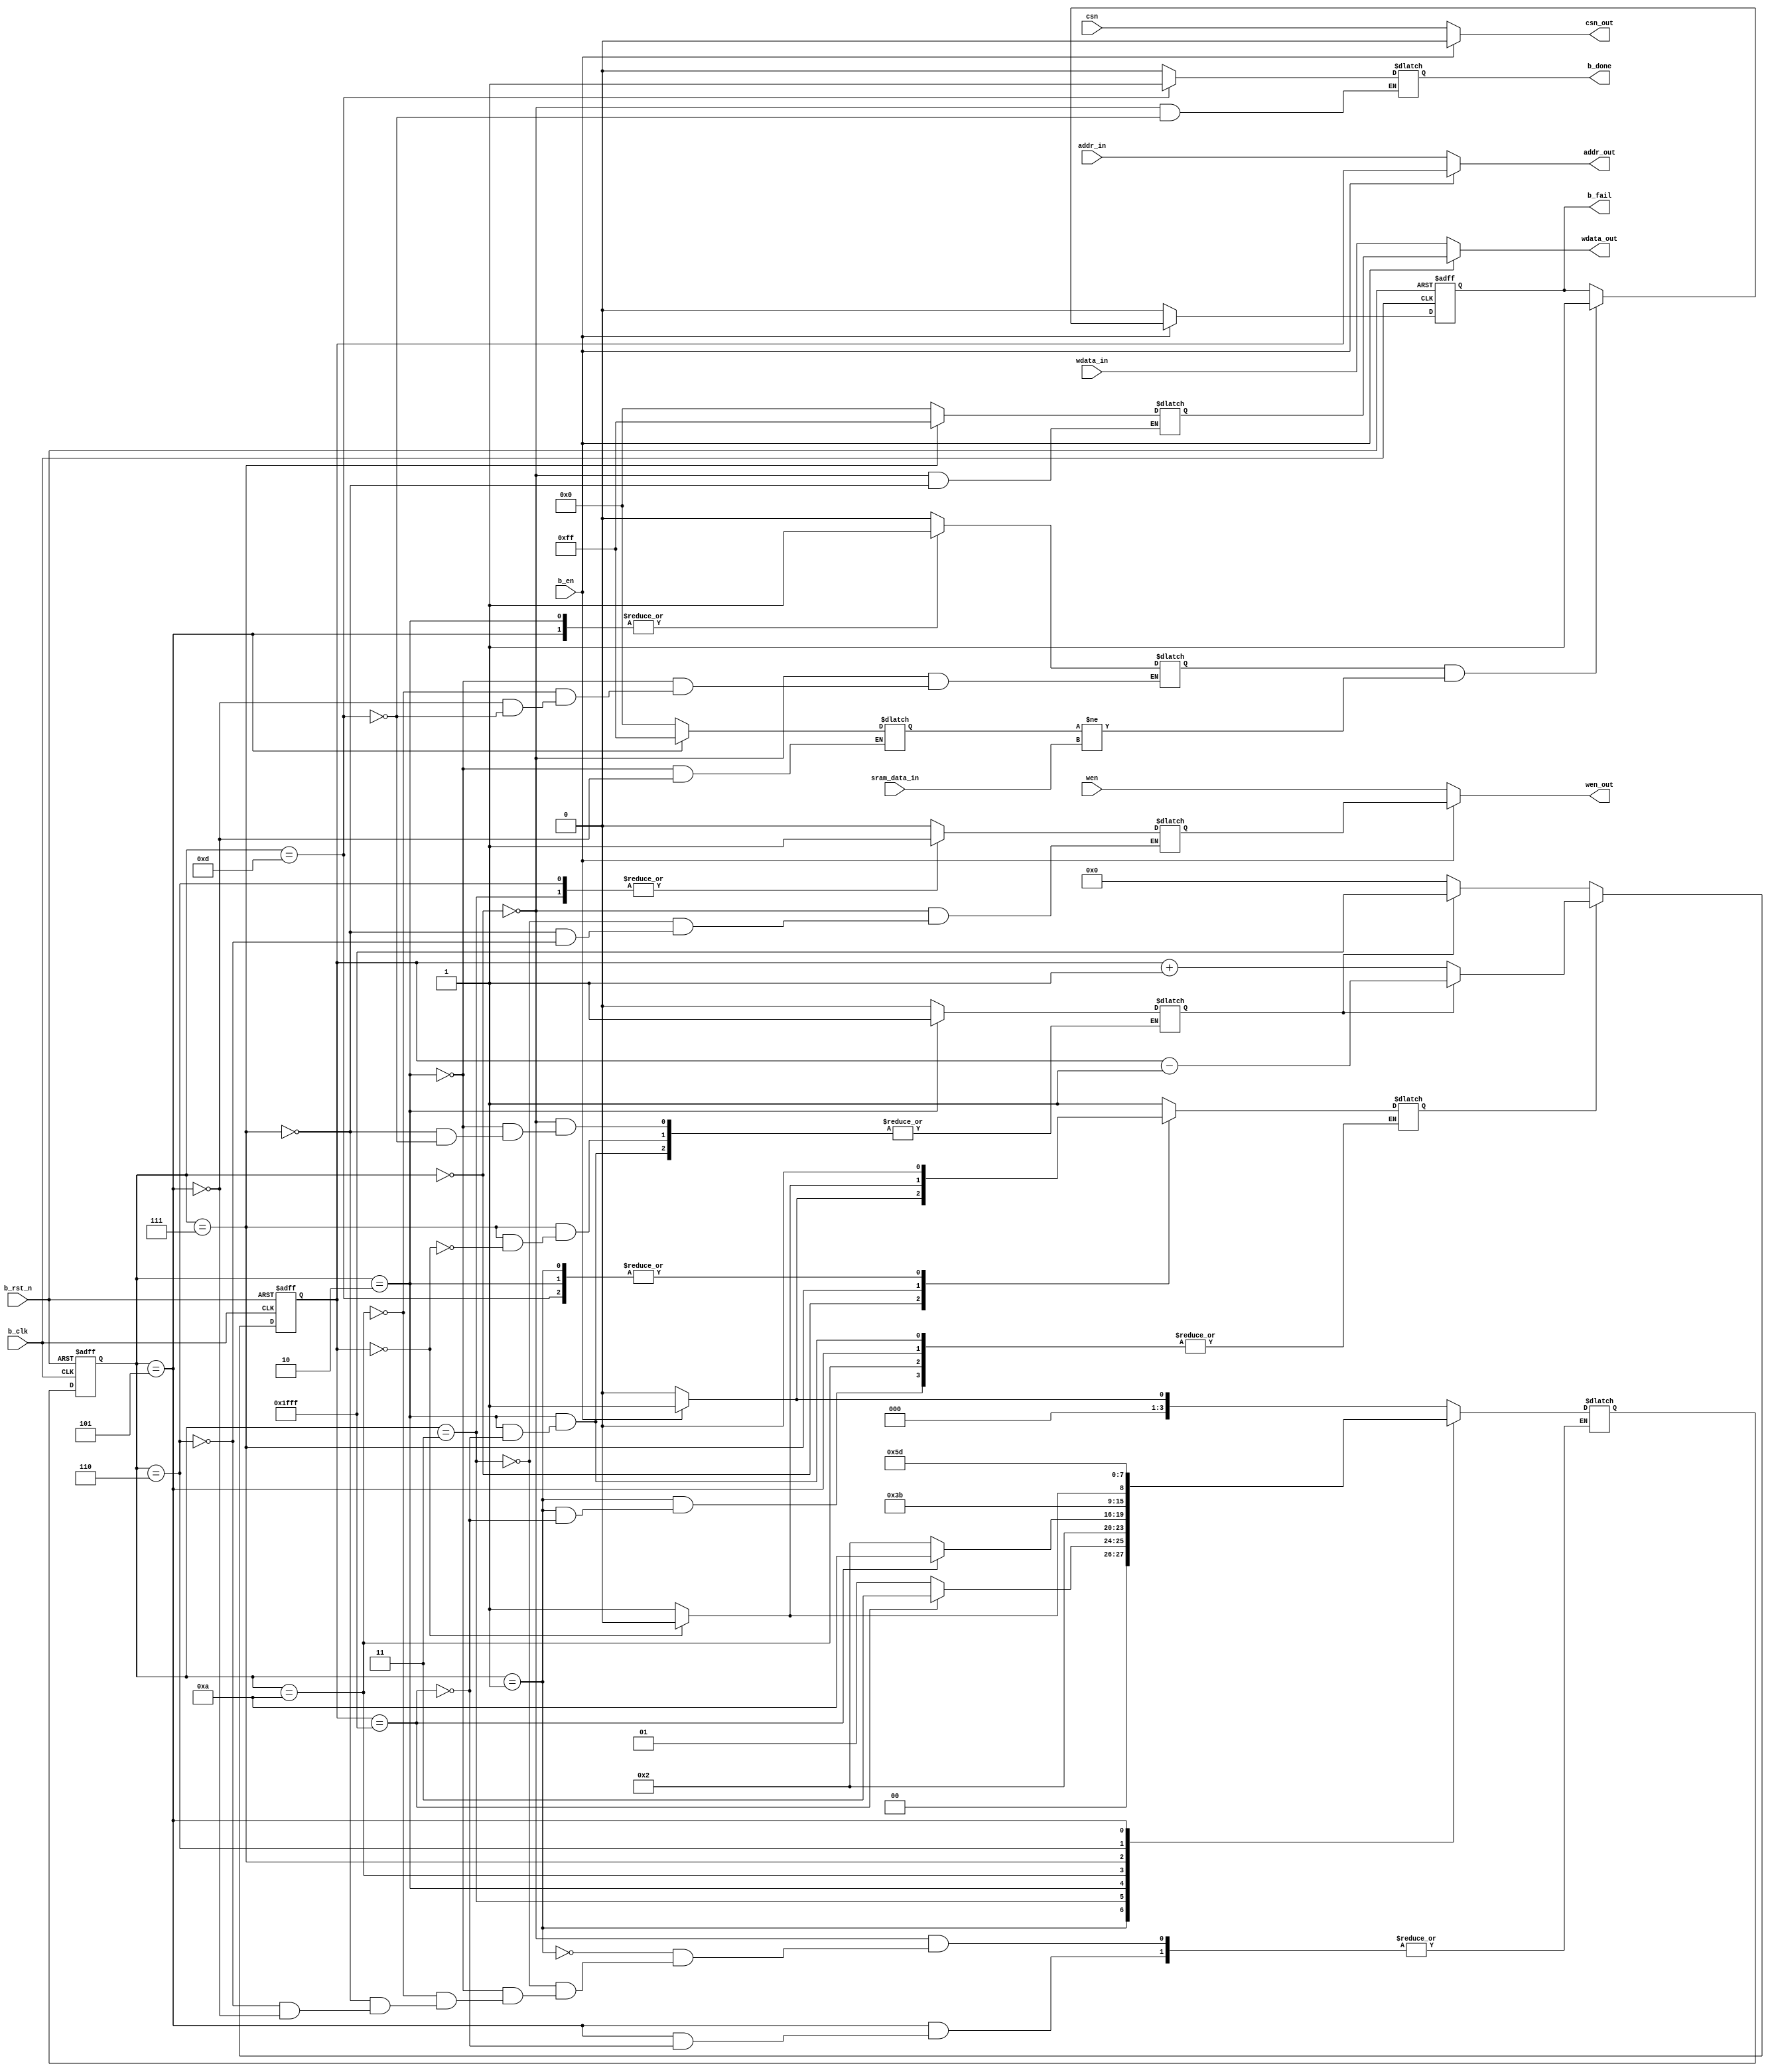
//
module  bist_8_8192
(
    input                   b_clk,                
    input                   b_rst_n,
    input                   b_en,               //bist

    //ahb
    input       [12:0]      addr_in,
    input       [7:0]       wdata_in,
    input                   wen,
    input                   csn,

    //sram
    input       [7:0]      sram_data_in,

    //sram_ip
    output      [12:0]      addr_out,
    output      [7:0]       wdata_out,
    output                  wen_out,
    output                  csn_out,

    //
    output reg              b_done,
    output reg              b_fail

);
    //bistbistsram
    reg         [12:0]      addr_out_bist;
    reg         [7:0]       wdata_out_bist;
    reg                     wen_out_bist;       //,   

    assign addr_out =  b_en ? addr_out_bist : addr_in ; 
    assign wdata_out = b_en ? wdata_out_bist : wdata_in;
    assign wen_out = b_en ? wen_out_bist : wen;
    assign csn_out = b_en ? 1'b0 : csn;         //()

    //
    reg                     incre0_decre1;      //01    
    reg                     addr_rst_n;         //

    always @(posedge b_clk or negedge b_rst_n) begin 
        if(!b_rst_n) begin
            addr_out_bist <= 0;
        end     

        else begin
            //
            if(!addr_rst_n) begin
                if(incre0_decre1==1'b0) begin           //      0
                    addr_out_bist <=  13'b0;
                end
                else begin                              //      1
                    addr_out_bist <=  13'h1fff;         //f4'b1111
                end
            end

            else begin
                if(incre0_decre1==1'b0) begin 
                    addr_out_bist <= addr_out_bist +1;
                end
                else begin
                    addr_out_bist <= addr_out_bist -1;
                end
            end
        end
    end
    //

    //,fail
    //
    reg                     compare_on;     //
    reg        [7:0]       data_compare;   //, 
    
    always @(posedge b_clk or negedge b_rst_n )begin 
        if(!b_rst_n)begin
            b_fail <= 1'b0;
        end

        else if(b_en == 1'b1) begin 
            if(compare_on && (data_compare != sram_data_in))
                b_fail <= 1'b1;
        end

        else b_fail <= 1'b0;

    end
    //

    //
    `define     IDLE            4'b0000
    `define     WRITE0          4'b0001
    `define     READ0           4'b0011
    `define     COMPARE0        4'b0010
    `define     COMPARE0_IDLE   4'b1010
    `define     READ1           4'b0110
    `define     WRITE1          4'b0111
    `define     COMPARE1        4'b0101
    `define     END             4'b1101
    
    reg     [3:0]           c_state;        //
    reg     [3:0]           n_state;        //

    //
    always @(posedge b_clk or negedge b_rst_n) begin
        if(!b_rst_n) begin 
            c_state <= `IDLE ; 
        end
        else begin
            c_state <= n_state;
        end
    end

    //
    //addr_out_bist  c_state 
    always @(addr_out_bist or b_en or c_state) begin 
        //

        case (c_state) 
            `IDLE: begin
                incre0_decre1 = 0;                      //
                wdata_out_bist = 0;                     //0
                wen_out_bist = 0;                       // 

                b_done = 0;                             //
                compare_on = 0;                         //
                
                addr_rst_n = 0;
                if(b_en) begin 
                    n_state = `WRITE0;
                    addr_rst_n = 1;
                end
                else 
                    n_state = `IDLE;
            end

            `WRITE0: begin                              //
                if(addr_out_bist==13'h1fff) begin       //
                    n_state = `READ0;
                    addr_rst_n = 0;
                end
                else 
                    n_state = `WRITE0;
            end

            `READ0: begin                       //
                //addr_rst_n
                //                
                //
                //
               
                //
                addr_rst_n = 1;
                wen_out_bist = 1;               //
                n_state = `COMPARE0;
            end

            `COMPARE0: begin
                compare_on = 1;
                data_compare = 0;
                if(addr_out_bist == 13'h1fff) begin         //,13'h1fff,c_state
                    n_state = `COMPARE0_IDLE ;              //c_state, 
                    addr_rst_n = 0;                         //
                    //,13'h1fffn_state=compare_idle
                    //
                    //
                    //if
                    incre0_decre1 = 1;

                end

                else begin 
                    n_state = `COMPARE0 ; 
                end
            end

            `COMPARE0_IDLE : begin          //8191
                n_state = `WRITE1;          //
                           //
                compare_on = 0;             //compare0,

            end

            `WRITE1: begin              //
                wen_out_bist = 0;
                wdata_out_bist = 8'hff;
                addr_rst_n = 1;

                if(addr_out_bist == 13'b0) begin
                    //
                    //13'b0
                    //13'b0
                    //
                    n_state = `READ1 ;              
                    incre0_decre1 = 0;
                    addr_rst_n = 0;
                end
                else begin
                    n_state = `WRITE1 ;
                end
            end

            `READ1 : begin              //
                //; 
                addr_rst_n = 1;
                wen_out_bist = 1;
                n_state = `COMPARE1;

            end
                                                            //             n          n+1
            `COMPARE1 : begin                               //c_state           compare1           end
                compare_on = 1 ;                            //addr_out_bist     13'h1fff           13'h1fff+1 = 0 
                data_compare = 8'hff;                       //n_state           end                end
                                                            //                
                if(addr_out_bist == 13'h1fff) begin         //
                                                            //
                    n_state = `END ;                        //nn+1n+1
                end
                   
            end

            `END : begin 
                compare_on = 0;
                b_done = 1;
                addr_rst_n = 0;
                incre0_decre1 = 0;
            end

            default : begin
                addr_rst_n = 1;
            end
        endcase
    end

endmodule